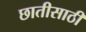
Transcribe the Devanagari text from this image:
छातीसाठी